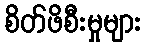
စိတ်ဖိစီးမှုများ